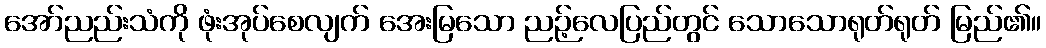
အော်ညည်းသံကို ဖုံးအုပ်စေလျက် အေးမြသော ညဉ့်လေပြည်တွင် သောသောရုတ်ရုတ် မြည်၏။